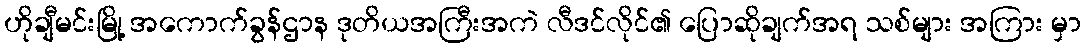
ဟိုချီမင်းမြို့ အကောက်ခွန်ဌာန ဒုတိယအကြီးအကဲ လီဒင်လိုင်၏ ပြောဆိုချက်အရ သစ်များ အကြား မှာ